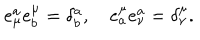
e _ { \mu } ^ { a } e _ { b } ^ { \mu } = \delta _ { b } ^ { a } , \quad e _ { a } ^ { \mu } e _ { \nu } ^ { a } = \delta _ { \nu } ^ { \mu } .